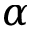
\alpha